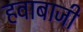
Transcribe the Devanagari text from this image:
हवाबाजी